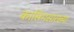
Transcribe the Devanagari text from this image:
कासिमसारख्या